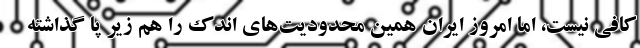
کافی نیست، اما امروز ایران همین محدودیت‌های اندک را هم زیر پا گذاشته